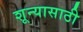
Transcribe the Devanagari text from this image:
शून्यासाठी